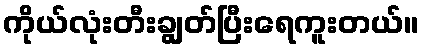
ကိုယ်လုံးတီးချွတ်ပြီးရေကူးတယ်။